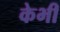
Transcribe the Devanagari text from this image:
केभी